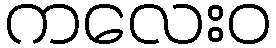
ကလေးဝ